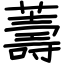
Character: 薵